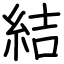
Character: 結